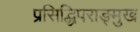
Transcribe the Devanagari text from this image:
प्रसिद्धिपराङ्‍मुख